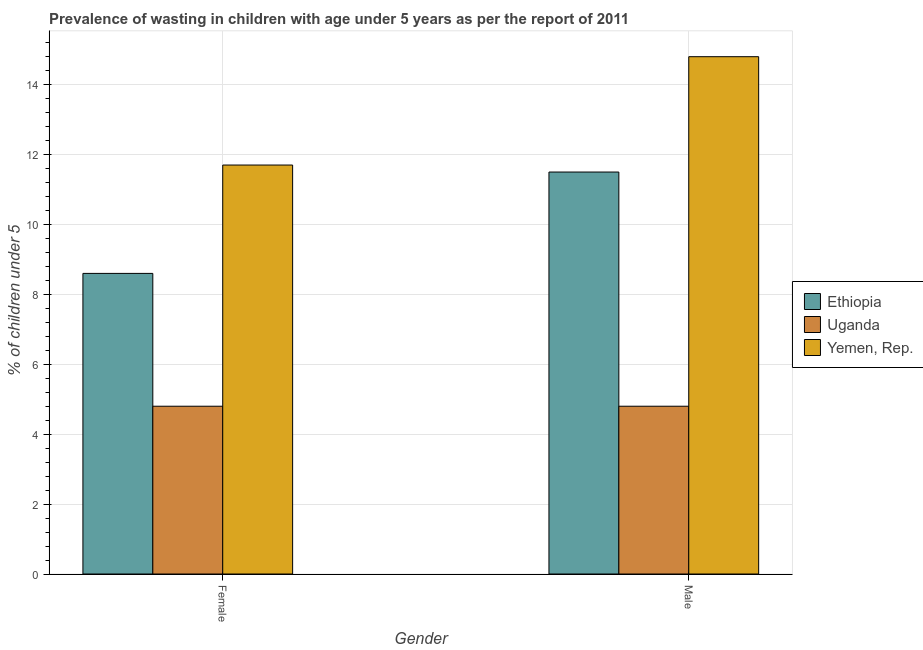
| Gender | Ethiopia | Uganda | Yemen, Rep. |
 | --- | --- | --- | --- |
 | Female | 8.6 | 4.8 | 11.7 |
 | Male | 11.5 | 4.8 | 14.8 |